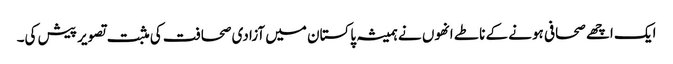
ایک اچھے صحافی ہونے کے ناطے انھوں نے ہمیشہ پاکستان میں آزادی صحافت کی مثبت تصویر پیش کی۔